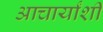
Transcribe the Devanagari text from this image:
आचार्यांशी